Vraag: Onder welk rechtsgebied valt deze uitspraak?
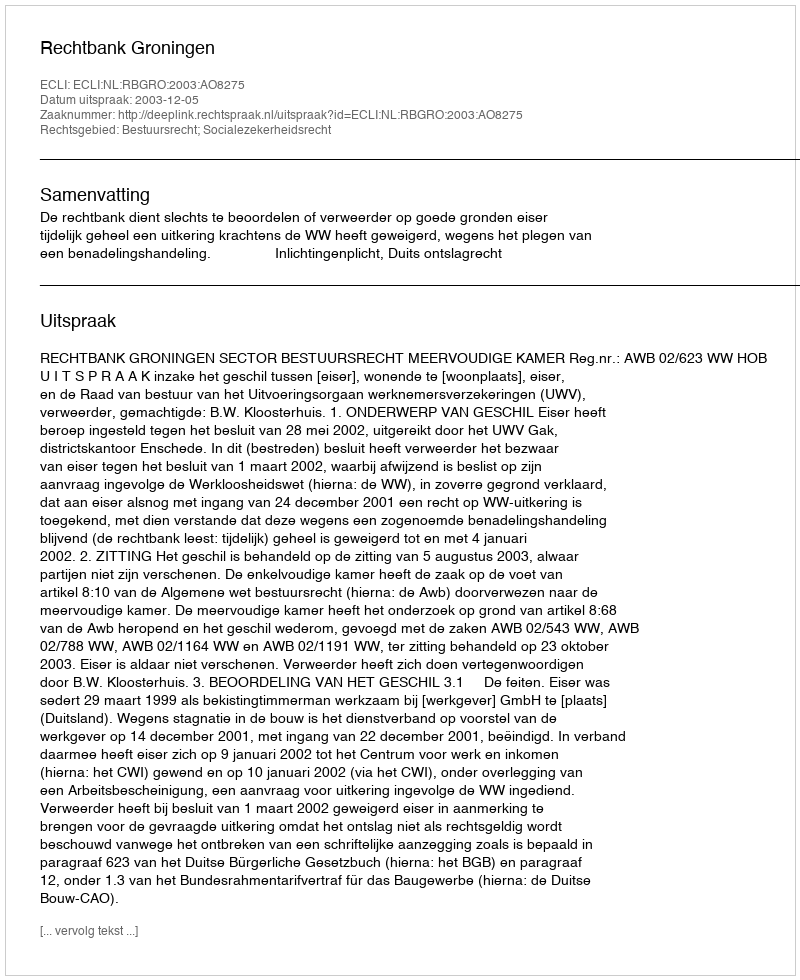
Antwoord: Bestuursrecht; Socialezekerheidsrecht